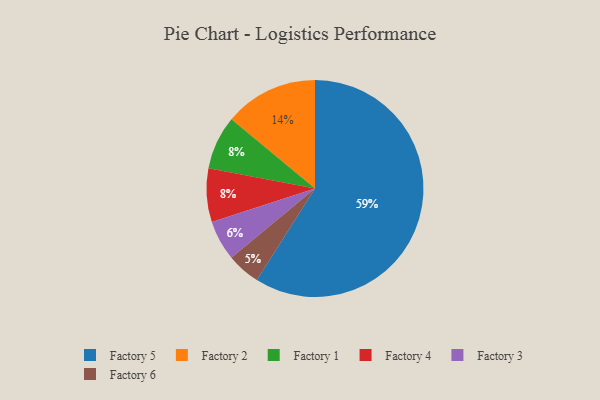
{"axis": {"x": "Category", "y": "Percentage"}, "legend": ["Factory 1", "Factory 2", "Factory 3", "Factory 4", "Factory 5", "Factory 6"], "data": [{"x": "Factory 2", "y": 14, "type": "Factory 2"}, {"x": "Factory 1", "y": 8, "type": "Factory 1"}, {"x": "Factory 4", "y": 8, "type": "Factory 4"}, {"x": "Factory 5", "y": 59, "type": "Factory 5"}, {"x": "Factory 3", "y": 6, "type": "Factory 3"}, {"x": "Factory 6", "y": 5, "type": "Factory 6"}]}